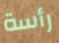
رأسة